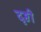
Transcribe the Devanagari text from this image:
दृष्ठी